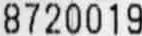
8720019